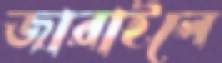
জারাইলে